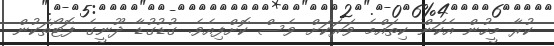
ކުރާ މީހުން އެކަން ކިތައްމެ ވަރަކަށް ވެސް ކޮށްފިއެވެ. ގުޑުގުޑާ ދޫނީގެ ފޮޓޯތަކުން